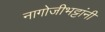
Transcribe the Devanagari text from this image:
नागोजीभट्टांनी